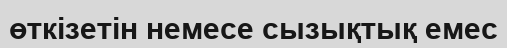
өткізетін немесе сызықтық емес